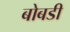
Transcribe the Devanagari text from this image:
बोबडी